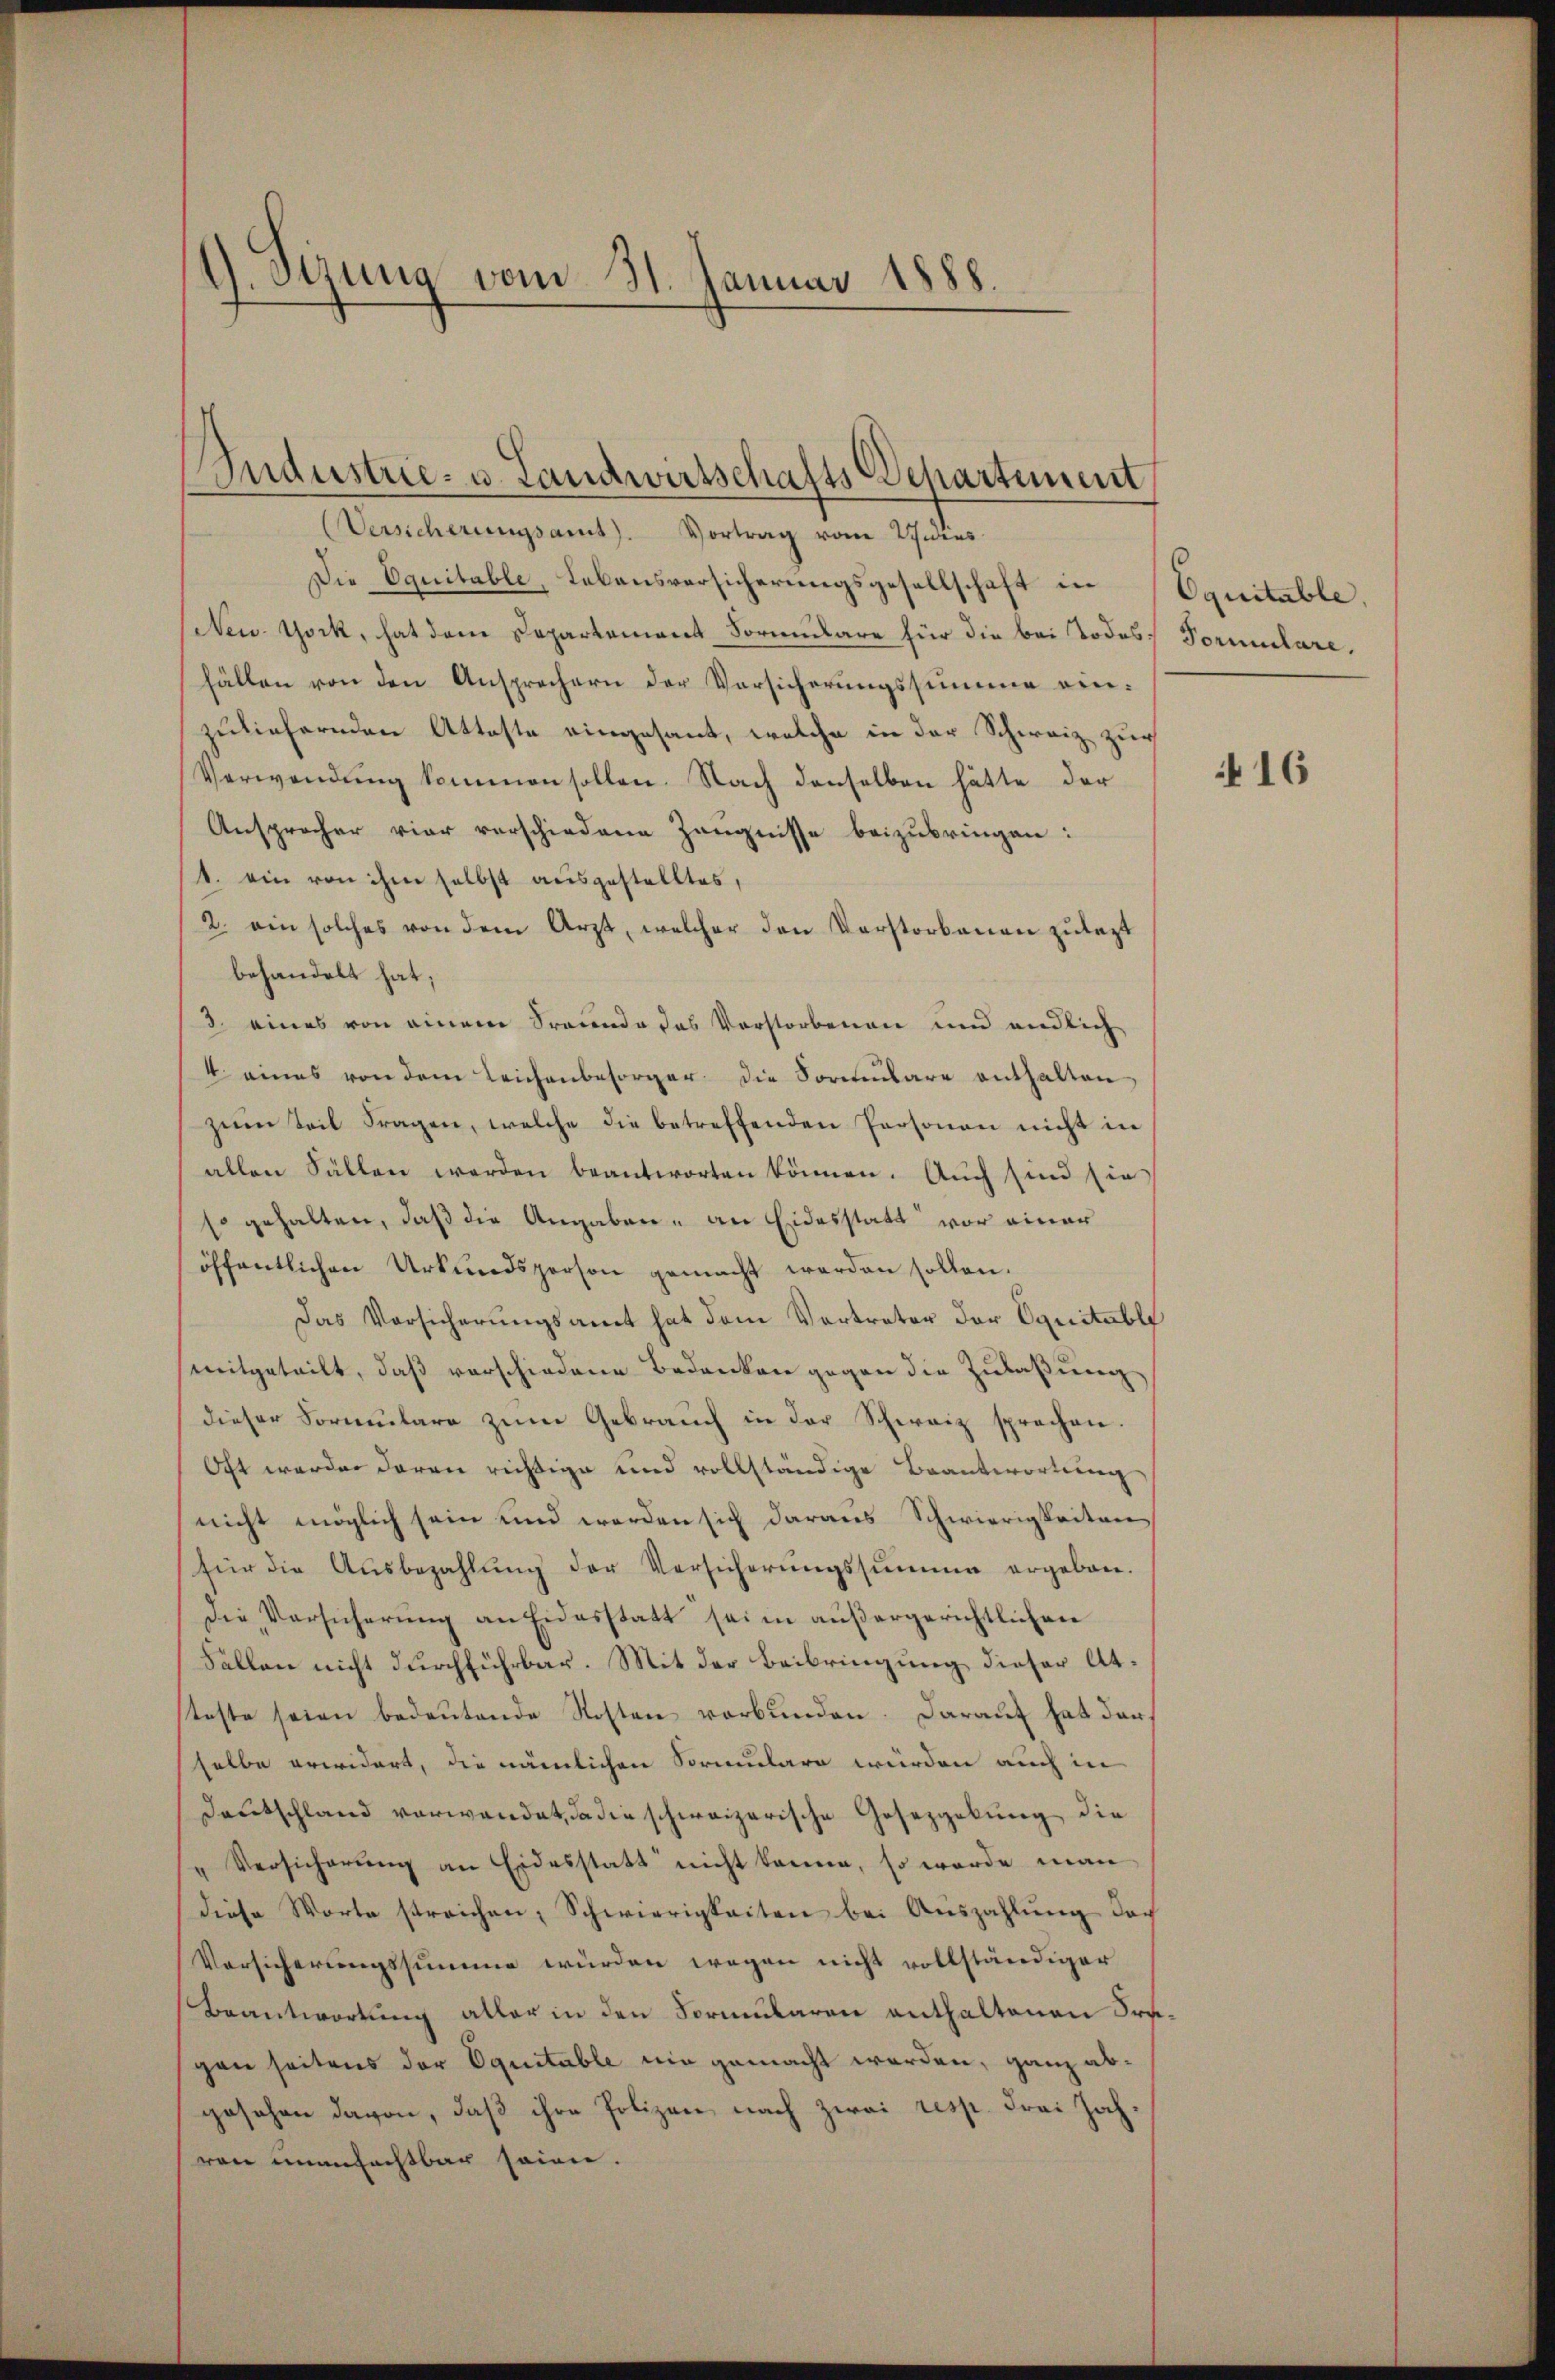
d. Sizung vom 31. Januar 1888.

Industrie- u. Landwirtschafts Departement
Versicherungsamt. Vortrag vom 29 dies

Die Equitable, Lebensversicherungsgesellschaft in
New York, hat dem Departement Formulare für die bei Todes Formulare.
fällen von den Ansprechern der Vorsicherungssumme einzuliefernden Atteste eingesant, welche in der Schweiz zur
Verwendung kommen sollen. Nach denselben hätte der
Ansprocher vier verschiedene Zeugnisse beizubringen:
1. ein von ihm selbst ausgestelltes,
2. ein solches von dem Arzt, welcher den Vorstorbenen zŭlagt
behandelt hat;
3. eines von einem Freunde das Vorstorbenen und endlich
4. eines von dem Leichenbesorger die Sornbare enthalten,
zum Teil Fragen, welche die betreffenden Personen nicht in
allen Fällen werden beantworten können. Auch sind sie
so gehalten, daß die Angaben, an Eidesstatt vor einer
öffentlichen Urkundsperson gemacht werden sollen.
Das Vorsicherungsamt hat dem Vertreter der Equitable
smitgeteilt, daß vorschiedene Bedanken gegen die Zulaßung
dieser Formulare zum Gebrauch in der Schweiz sprechen.
Oft werden daran richtige und vollständige Beantwortung
nicht möglich sein und werden sich daraus Schwierigkeiten
für die Aŭsbezahlŭng der Versicherŭngssumme ergeben.
Die Versicherung an Eidesstatt sein außergerichtlichen
Fallen nicht durchführbar. Mit der Beibringung dieser Atsteste seien bedeutende Kosten verbunden. Darauf hat darselbe erwidert, die nämlichen Sormulare würden auch in
Deutschland verwendet, da die schweizerische Gesetzgebung die
"Versicherŭng an Eidesstatt nicht könne, so werde man
diese Worte streichen, Schwierigkeiten bei Auszahlŭng der
Versicherungssumme würden wegen nicht vollständiger
Beantwortung aller in den Formularen enthaltenen Ortgen seitens der Equitable nie gemacht worden, ganz abgesehen davon, daß ihre Polizei nach zwei resp. Frei Jahren unansachtbar seien.

Oquitable.

16